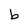
Character: b